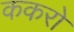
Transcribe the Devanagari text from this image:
ककरो